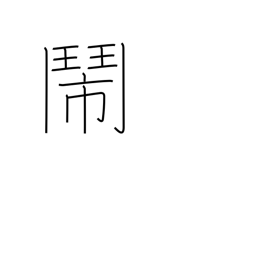
Meaning: dispute hotly